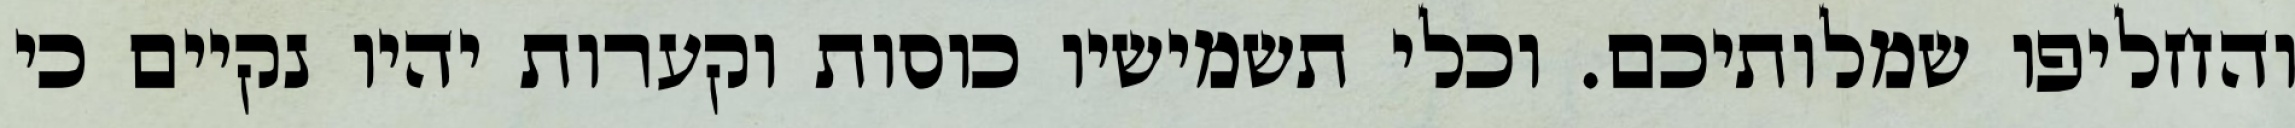
והחליפו שמלותיכם. וכלי תשמישיו כוסות וקערות יהיו נקיים כי